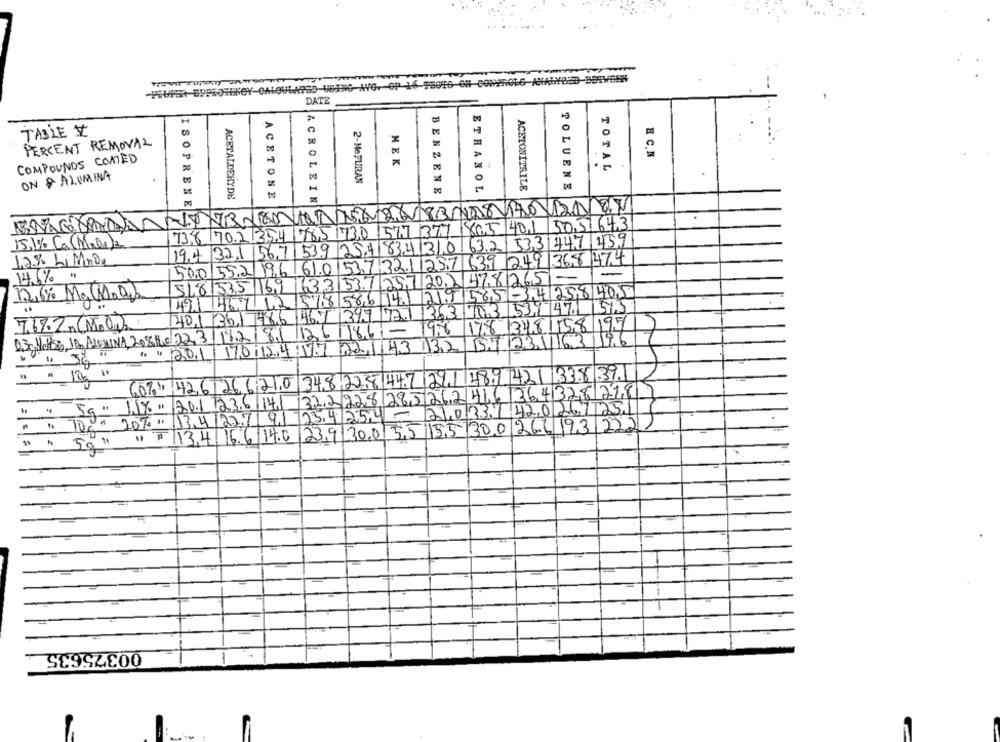
HIUPS BUPROFENOY-GALOULAPSD USING AVG. OP 16-98016 OH COMPROLG ANALYZED BETWEEN
DATE
TABLE V
PERCENT REMOVAL
HC.N
COMPOUNDS COATED
.
MEK
TOTAL
.
ON & ALUMINA
.
2-Ne FURAN
ACETONE
BENZENE
ETHANOL
ACETONITRILE
TOLUENE
ACETALDEHYDE
ACROLEIN
ISOPRENE
73,8 702, 354 785 730 577 377 805 401 505 643
19.4 32,1 56.7 53.9 25.4 83.4 31,0 63.2 533 447 459
15,1% Ca (Male)2
12% Limnos
19.6 61.0.53.7.32.1.25.7 639 249 368 474
500/55,2
14,6% "
633 53.7.25.720.247.8265-
518 535 16.9
/8 586 141 219 585 -34258 405
421 467 12
397 727 363 703 53,747. 1513
401 361 786 /46.9
7682(M.W)
178 3481558 197
DS, NotSO,I,ALEMINA, 20%H,22,3,11218.1126/18.6-
19.8
1571231163196
1 1 201 70 24 17 201 43 32
" " 10 "
348 22,8 447 29/ 189 421 1338 391
60%) 426266210
322228285262416 364328218
" " 5g" 11%"
201 123.6 141
23.4 254 - 21,0331 42.0267 251
" " De" 20%"
13.4 227 / 91
23.9 30.055155 300266 932221
117 13.4 16.6|14.0
" " 59"
00375635